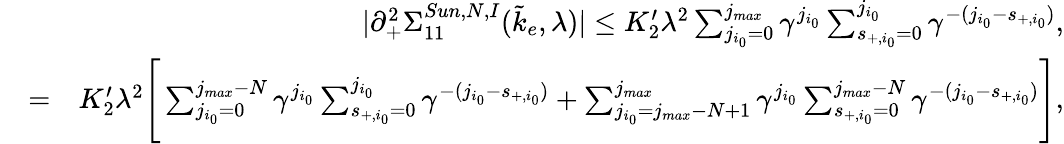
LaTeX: \begin{array}{rlr}&{}&{\vert\partial_{+}^{2}\Sigma_{11}^{Sun,N,I}(\tilde{k}_{e},\lambda)\vert\le K_{2}^{\prime}\lambda^{2}\sum_{j_{i_{0}}=0}^{j_{max}}\gamma^{j_{i_{0}}}\sum_{s_{+,{i_{0}}}=0}^{j_{i_{0}}}\gamma^{-(j_{i_{0}}-s_{+,{i_{0}}})},}\\ &{=}&{K_{2}^{\prime}\lambda^{2}\Bigg[\sum_{j_{i_{0}}=0}^{j_{max}-N}\gamma^{j_{i_{0}}}\sum_{s_{+,{i_{0}}}=0}^{j_{i_{0}}}\gamma^{-(j_{i_{0}}-s_{+,{i_{0}}})}+\sum_{j_{i_{0}}=j_{max}-N+1}^{j_{max}}\gamma^{j_{i_{0}}}\sum_{s_{+,{i_{0}}}=0}^{j_{max}-N}\gamma^{-(j_{i_{0}}-s_{+,{i_{0}}})}\Bigg],}\end{array}